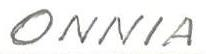
ONNIA